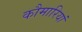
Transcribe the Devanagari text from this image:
कौमारियां